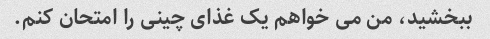
ببخشید، من می خواهم یک غذای چینی را امتحان کنم.